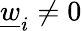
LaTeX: \underline{w}_{i}\neq 0